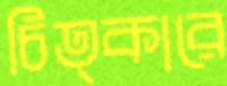
চিত্কারে